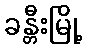
ခန္တီးမြို့